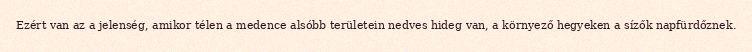
Ezért van az a jelenség, amikor télen a medence alsóbb területein nedves hideg van, a környező hegyeken a sízők napfürdőznek.